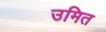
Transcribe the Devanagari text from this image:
उमित